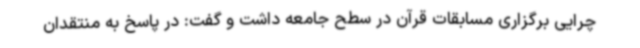
چرایی برگزاری مسابقات قرآن در سطح جامعه داشت و گفت: در پاسخ به منتقدان